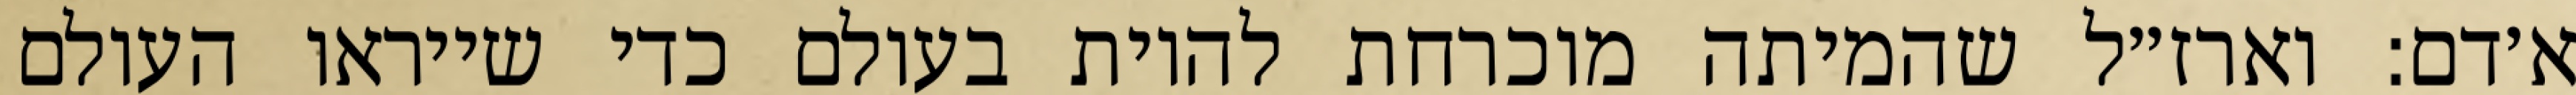
א׳דם: וארז״ל שהמיתה מוכרחת להיות בעולם כדי שייראו העולם